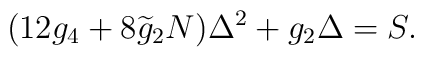
(12g_4+8\widetilde{g}_2 N)\Delta^2+g_2\Delta=S.